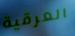
العرقية